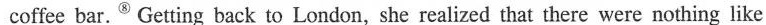
coffee bar.^{⑧}Getting back to London,she realized that there were nothing like